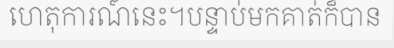
ហេតុការណ៍នេះ។បន្ទាប់មកគាត់ក៏បាន